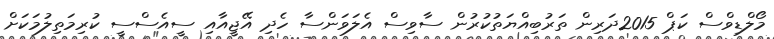
މޯލްޑިވްސް ކަޕް 2015ދަރިން ތަރުބިއްޔަތުކުރުން ސާވިސް އެލަވަންސާ ހެދި އޭޖީއާއި ސީއެސްސީ ކުރިމަތިލުމަކަށް